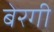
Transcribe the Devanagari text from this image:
बेरगी